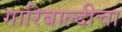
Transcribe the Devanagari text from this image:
गारिबाल्दीचा